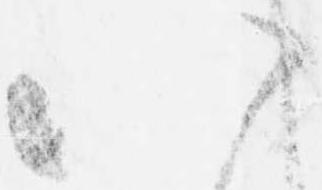
八